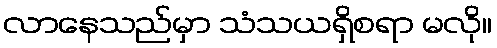
လာနေသည်မှာ သံသယရှိစရာ မလို။